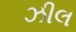
ઝીલ